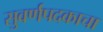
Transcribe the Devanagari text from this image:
सुवर्णपदकाचा